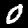
Label: 0